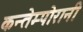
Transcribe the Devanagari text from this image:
कन्तेम्पोरानी